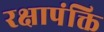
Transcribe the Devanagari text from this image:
रक्षापंक्ति